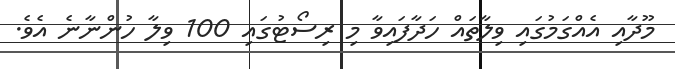
މޫދާއި އެއްގަމުގައި ވިލާތައް ހަދާފައިވާ މި ރިސޯޓުގައި 100 ވިލާ ހުންނާނެ އެވެ.